Vaccine operations Central Provinces & Berar 1922-1929 - 1922-1929
Year: 1922
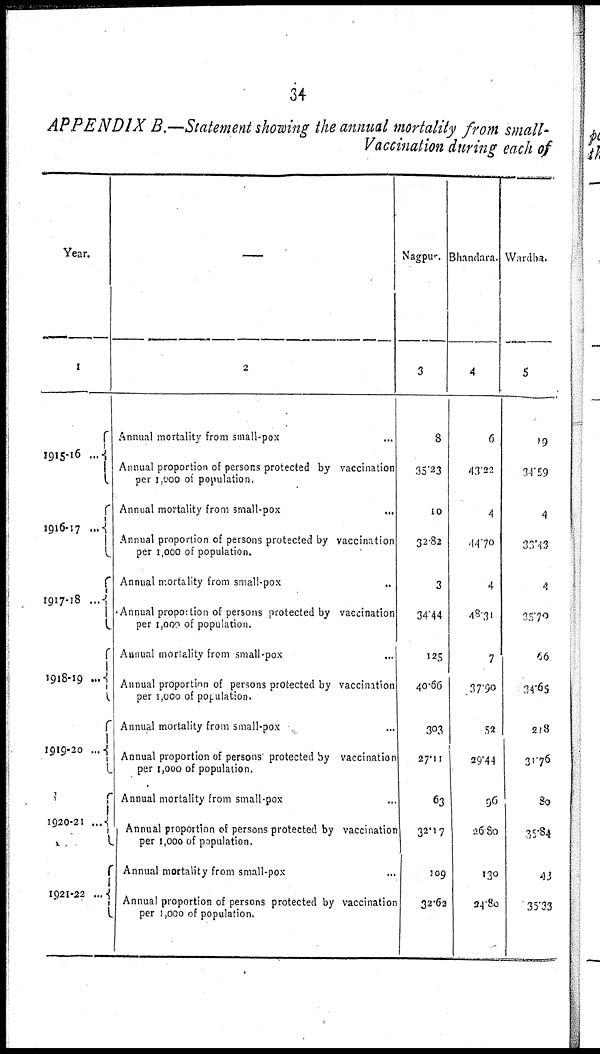
34
APPENDIX B.—Statement showing the annual mortality from small¬
Vaccination during each of
Year.
1
1915-16 ...
1916-17 ...
1917-18 ...
1918-19
...
1919-20 ...
1920-21 ...
1921-22 ...
—
2
Annual mortality from small-pox ...
Annual proportion of persons protected by vaccination
per 1,000 of population.
Annual mortality from small-pox
...
Annual proportion of persons protected by vaccination
per 1,000 of population.
Annual mortality from small-pox ...
Annual proportion of persons protected by vaccination
per 1,000 of population.
Annual mortality from small-pox ...
Annual proportion of persons protected by vaccination
per 1,000 of population.
Annual mortality from small-pox ...
Annual proportion of persons protected by vaccination
per 1,000 of population.
Annual mortality from small-pox ...
Annual proportion of persons protected by vaccination
per 1,000 of population.
Annual mortality from small-pox ...
Annual proportion of persons protected by vaccination
per 1,000 of population.
Nagpur.
3
8
35.23
10
32.82
3
34.44
125
40.66
303
27.11
63
32.17
109
32.62
Bhandara.
4
6
43.22
4
44.70
4
48.31
7
37.90
52
29.44
96
26.80
130
24.80
Wardha.
5
19
34.59
4
33.43
4
35.70
66
34.65
218
31.76
80
35.84
43
35.33